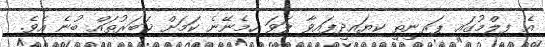
އެ ފިލްމުގައި ޕަރިނީތީ ކިޔައިދީފައިވާ ލަވަ ހިމެނޭނެ ކަމަށް ޚަބަރުތައް ބުނެ އެވެ.